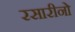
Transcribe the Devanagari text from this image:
रसारीनो